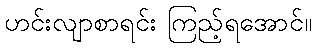
ဟင်းလျာစာရင်း ကြည့်ရအောင်။